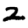
Digit: 2